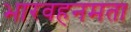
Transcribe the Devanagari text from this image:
भारवहनमता